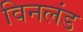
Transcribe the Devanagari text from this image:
विनलंड